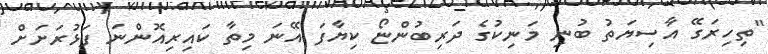
"ތިހިރަގޭ އާސިޔަތު ބުނި މަނިކުގެ ދަރިބުންޏޯ ކިޔާފަ އޭނަ މިތާ ކައިރިއޮންނަ ފަޅުރަށަށް